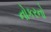
નોકરનો